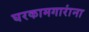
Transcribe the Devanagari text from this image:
घरकामगारांना